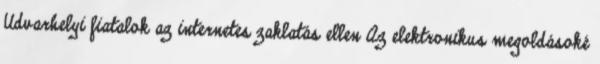
Udvarhelyi fiatalok az internetes zaklatás ellen Az elektronikus megoldásoké